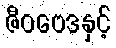
ဇီဝဗေဒနှင့်